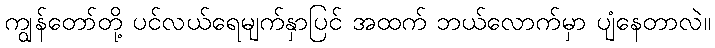
ကျွန်တော်တို့ ပင်လယ်ရေမျက်နှာပြင် အထက် ဘယ်လောက်မှာ ပျံနေတာလဲ။